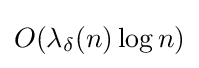
O(\lambda _{\delta }(n)\log n)